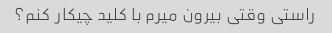
راستی وقتی بیرون میرم با کلید چیکار کنم؟